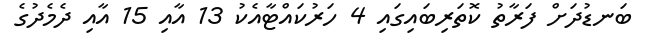
ބަނޑުދަށް ފަރާތު ކޮތަރިބައިގައި 4 ހަރުކައްޓާއެކު 13 އާއި 15 އާއި ދެމެދުގެ